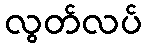
လွတ်လပ်